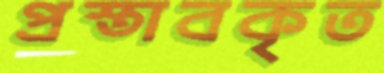
প্রস্তাবকৃত